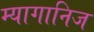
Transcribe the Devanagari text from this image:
म्यागानिज